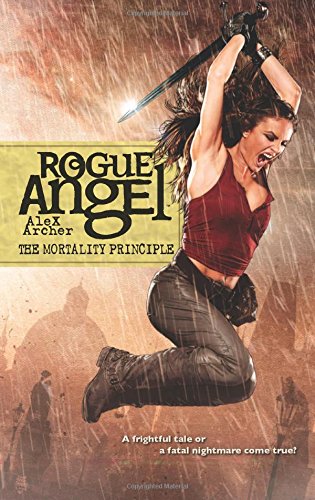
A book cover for The Mortality Principle (Rogue Angel); Alex Archer; Literature & Fiction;